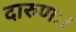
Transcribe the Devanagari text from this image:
दारुणः।